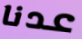
عدنا